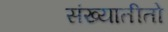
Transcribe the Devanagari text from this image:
संख्यातीतो